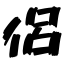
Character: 侶